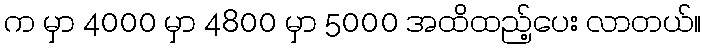
က မှာ 4000 မှာ 4800 မှာ 5000 အထိထည့်ပေး လာတယ်။